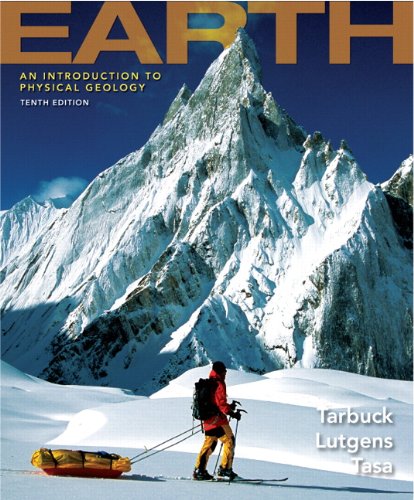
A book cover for Earth: An Introduction to Physical Geology (10th Edition); Edward J. Tarbuck; Science & Math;